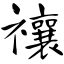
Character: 禳